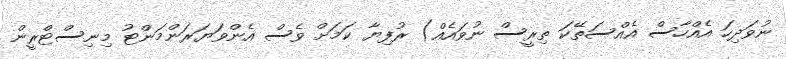
ނުވަދިހަ އެއްހާސް އެއްސަތޭކަ ތިރީސް ނުވައެއް) ރުފިޔާ ކަމަށް ވެސް އެންވަޔަރަންމަންޓު މިނިސްޓްރީން